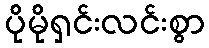
ပိုမိုရှင်းလင်းစွာ